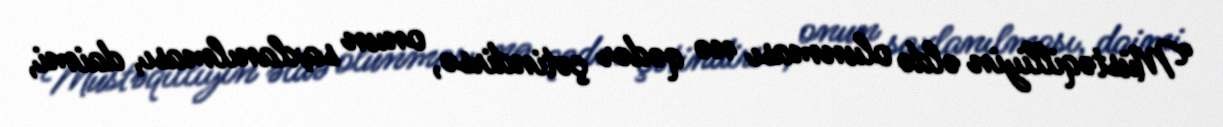
“Müstəqilliyin əldə olunması nə qədər çətindirsə, onun saxlanılması, daimi,